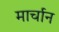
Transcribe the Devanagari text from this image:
मार्चान